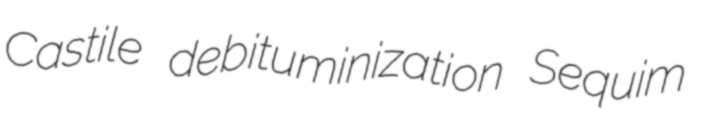
Castile debituminization Sequim